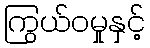
ကြွယ်ဝမှုနှင့်